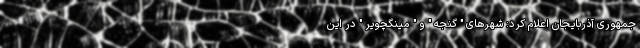
جمهوری آذربایجان اعلام کرد: شهرهای " گنجه " و " مینگچویر " در این